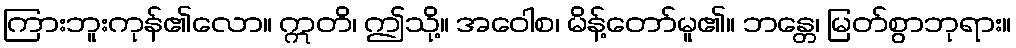
ကြားဘူးကုန်၏လော။ ဣတိ၊ ဤသို့။ အဝေါစ၊ မိန့်တော်မူ၏။ ဘန္တေ၊ မြတ်စွာဘုရား။